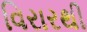
વિરારથી